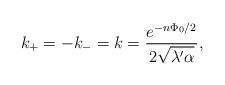
LaTeX: \begin{align*}k_+=-k_-=k=\frac{e^{-n\Phi_0/2}}{2\sqrt{\lambda'\alpha}},\end{align*}